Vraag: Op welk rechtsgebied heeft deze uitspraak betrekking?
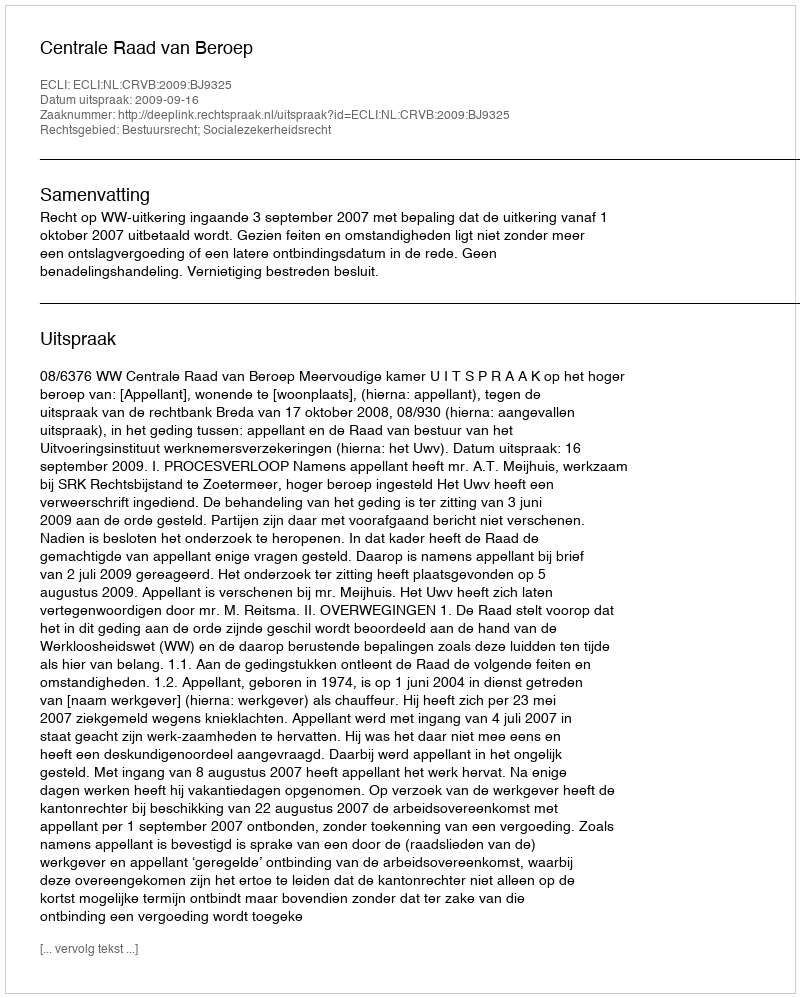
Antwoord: Bestuursrecht; Socialezekerheidsrecht